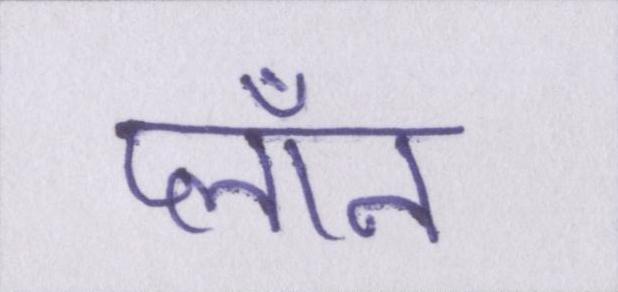
प्लॉन